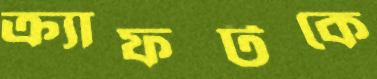
ক্র্যাফটকে